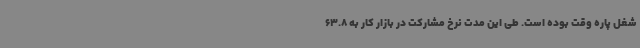
شغل پاره وقت بوده است. طی این مدت نرخ مشارکت در بازار کار به 63.8